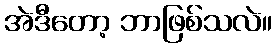
အဲဒီတော့ ဘာဖြစ်သလဲ။